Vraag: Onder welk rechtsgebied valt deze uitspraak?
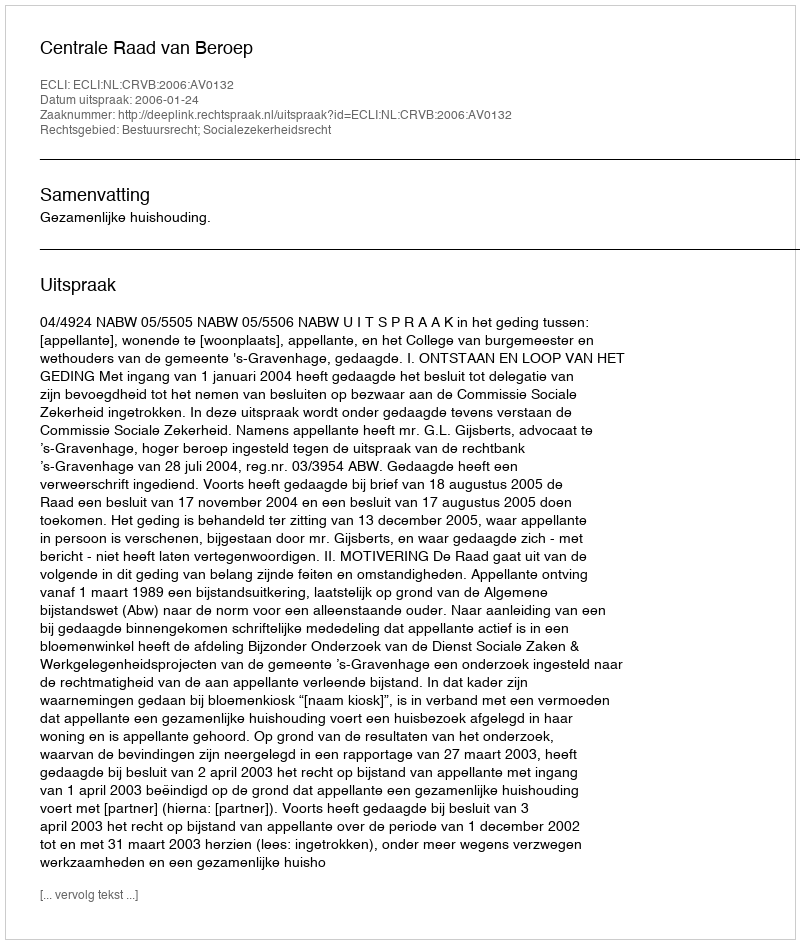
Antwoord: Bestuursrecht; Socialezekerheidsrecht